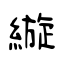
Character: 縼